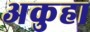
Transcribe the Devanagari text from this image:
अकुहा